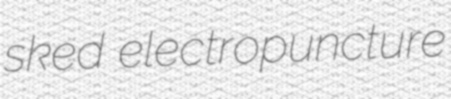
sked electropuncture